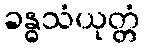
ခန္ဓသံယုတ္တံ